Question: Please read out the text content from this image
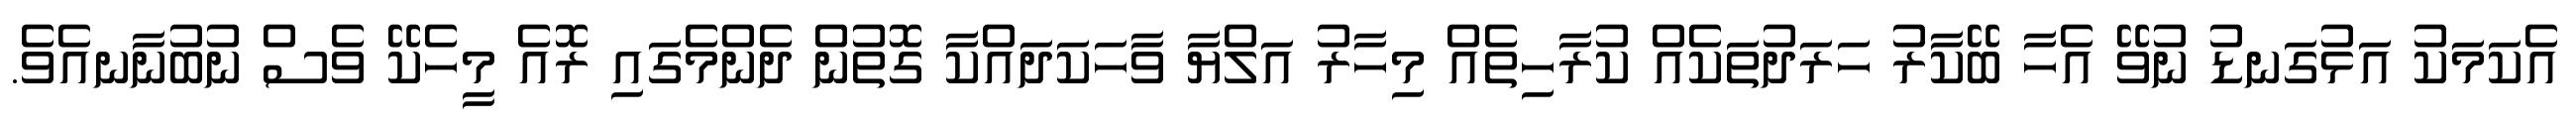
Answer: އެކަމަކު އަޅުގަނޑު ނުވޭ އެހާ ބޭކާރު ހަރަދުތަކެއް ކުރާހިތެއް މިހާރު އަލްޔާ ވާހަކަދައްކާ ގޮތުން ދެންމެގައި ރޮއެ މީހެކޭ ވެސް ނުބުނާނއެވެ.